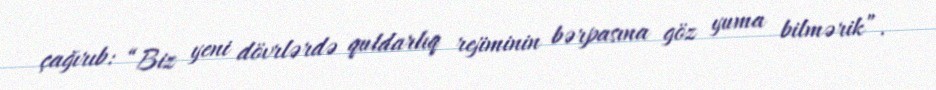
çağırıb: “Biz yeni dövrlərdə quldarlıq rejiminin bərpasına göz yuma bilmərik”.